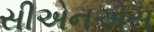
સીએનએસ